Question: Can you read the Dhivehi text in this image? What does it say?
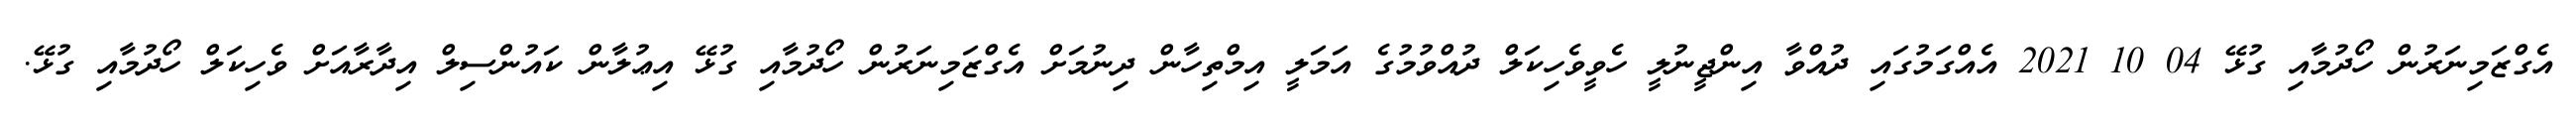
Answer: އެގްޒަމިނަރުން ހޯދުމާއި ގުޅޭ 04 10 2021 އެއްގަމުގައި ދުއްވާ އިންޖީނުލީ ހެވީވެހިކަލް ދުއްވުމުގެ އަމަލީ އިމްތިހާން ދިނުމަށް އެގްޒަމިނަރުން ހޯދުމާއި ގުޅޭ އިޢުލާން ކައުންސިލް އިދާރާއަށް ވެހިކަލް ހޯދުމާއި ގުޅޭ.